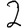
Digit: 2